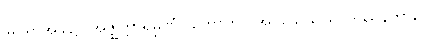
မြင်ရာအခါ၌။ အဇ္ဈတ္တာရမ္မဏံ (ဟောတိ၊) အဝသေသ ရူပဒဿနကာလေ၊